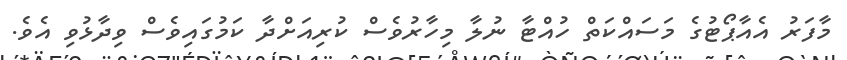
މާފަރު އެއާޕޯޓުގެ މަސައްކަތް ހުއްޓާ ނުލާ މިހާރުވެސް ކުރިއަށްދާ ކަމުގައިވެސް ވިދާޅުވި އެވެ.